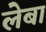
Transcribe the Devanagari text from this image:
लेबा